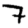
Digit: 7